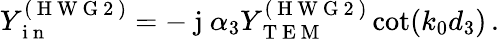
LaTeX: Y_{\mathrm{~i~n~}}^{(\mathrm{~H~W~G~2~})}=-\mathrm{~j~}\alpha_{3}Y_{\mathrm{~T~E~M~}}^{(\mathrm{~H~W~G~2~})}\cot(k_{0}d_{3})\, .